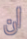
ان